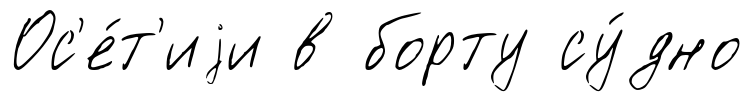
Ос'е́т'иjи в борту су́дно